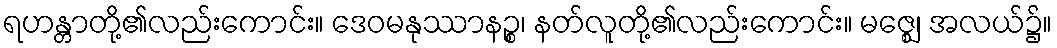
ရဟန္တာတို့၏လည်းကောင်း။ ဒေဝမနုဿာနဉ္စ၊ နတ်လူတို့၏လည်းကောင်း။ မဇ္ဈေ၊ အလယ်၌။